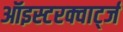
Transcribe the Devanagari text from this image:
ऑइस्टरक्वार्ट्ज